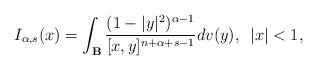
LaTeX: \begin{align*}I_{\alpha,s}(x)=\int_{\mathbf{B}}\frac{(1-|y|^{2})^{\alpha-1}}{[x,y]^{n+\alpha+s-1}}dv(y),\enspace |x|<1,\end{align*}